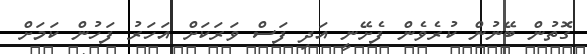
ގޮތުން ބޭނުން ކުރެވެން ފެށޭނީ އަދި ފަސް ވަރަކަށް އަހަރު ފަހުން ކަމަށް